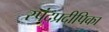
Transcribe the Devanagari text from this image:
स्पंदप्रदीपिका